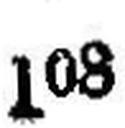
108